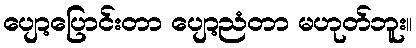
ပျော့ပြောင်းတာ ပျော့ညံတာ မဟုတ်ဘူး။